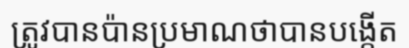
ត្រូវបានប៉ានប្រមាណថាបានបង្កើត